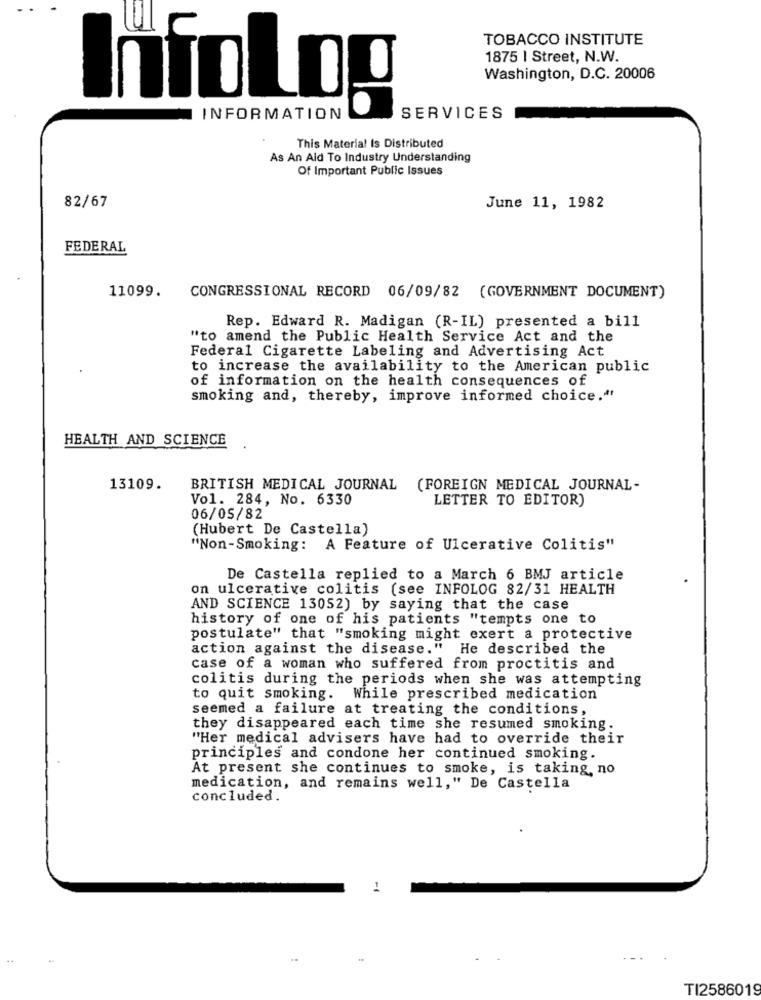
TOBACCO INSTITUTE
1875 | Street, N.W.
Washington, D.C. 20006
Infolog
INFORMATION
SERVICES
This Material Is Distributed
As An Aid To Industry Understanding
Of Important Public Issues
82/67
June 11, 1982
FEDERAL
11099. CONGRESSIONAL RECORD 06/09/82 (GOVERNMENT DOCUMENT)
Rep. Edward R. Madigan (R-IL) presented a bill
"to amend the Public Health Service Act and the
Federal Cigarette Labeling and Advertising Act
to increase the availability to the American public
of information on the health consequences of
smoking and, thereby, improve informed choice."
HEALTH AND SCIENCE
13109.
BRITISH MEDICAL JOURNAL
(FOREIGN MEDICAL JOURNAL-
Vol. 284, No. 6330
LETTER TO EDITOR)
06/05/82
(Hubert De Castella)
"Non-Smoking: A Feature of Ulcerative Colitis"
De Castella replied to a March 6 BMJ article
on ulcerative colitis (see INFOLOG 82/31 HEALTH
AND SCIENCE 13052) by saying that the case
history of one of his patients "tempts one to
postulate" that "smoking might exert a protective
action against the disease." He described the
case of a woman who suffered from proctitis and
colitis during the periods when she was attempting
to quit smoking.
While prescribed medication
seemed a failure at treating the conditions,
they disappeared each time she resumed smoking.
"Her medical advisers have had to override their
principles and condone her continued smoking.
At present she continues to smoke, is taking, no
medication, and remains well," De Castella
concluded.
1
TI2586019